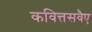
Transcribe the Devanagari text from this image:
कवित्तसवैए